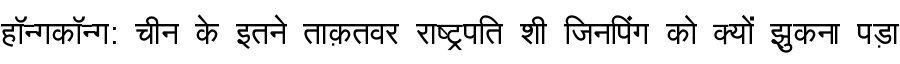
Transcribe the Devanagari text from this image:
हॉन्गकॉन्ग: चीन के इतने ताक़तवर राष्ट्रपति शी जिनपिंग को क्यों झुकना पड़ा